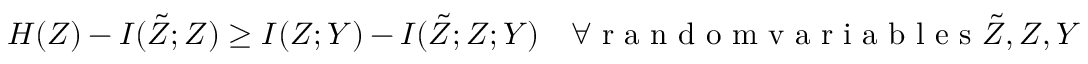
H ( Z ) - I ( \tilde { Z } ; Z ) \ge I ( Z ; Y ) - I ( \tilde { Z } ; Z ; Y ) \quad \forall \mathrm { ~ r ~ a ~ n ~ d ~ o ~ m ~ v ~ a ~ r ~ i ~ a ~ b ~ l ~ e ~ s ~ } \tilde { Z } , Z , Y